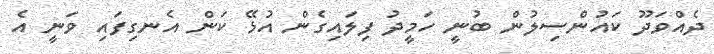
ދެއްވަދޫ ކައުންސިލުން ބުނީ ހަމީދު ފިލައިގެން އުޅޭ ކަން އެނގިފައި ވަނީ އެ